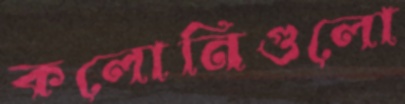
কলোনিগুলো